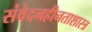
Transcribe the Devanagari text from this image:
संवेदनहीनताशास्त्र